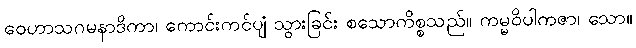
ဝေဟာသဂမနာဒိကာ၊ ကောင်းကင်ပျံ သွားခြင်း စသောကိစ္စသည်။ ကမ္မဝိပါကဇာ၊ သော။